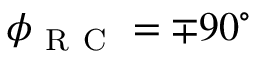
\phi _ { \mathrm { ~ R ~ C ~ } } = \mp 9 0 ^ { \circ }